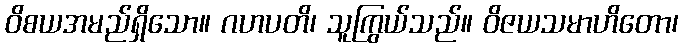
ဝိစယအမည်ရှိသော။ ဂဟပတိ၊ သူကြွယ်သည်။ ဝိဇယသမာဟိတော၊